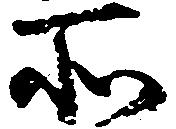
所